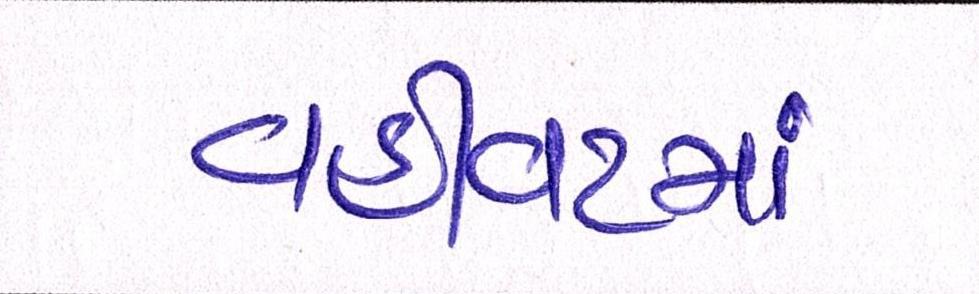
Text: વહીવટમાં